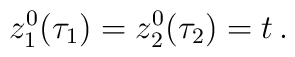
z_1^0(\tau_1) =z_2^0 (\tau_2)= t \, .